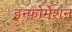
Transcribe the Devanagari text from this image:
इन्फ़ोर्मेशन